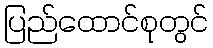
ပြည်ထောင်စုတွင်